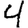
Digit: 4